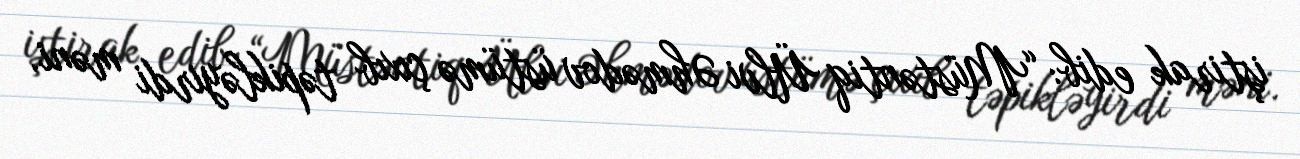
iştirak edib: “Müstəntiq Ülvi Əhmədov üstümə çıxıb təpikləyirdi məni.